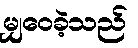
မျှဝေခဲ့သည်